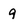
Character: 9